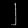
Digit: ၂